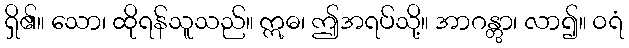
ရှိ၏။ သော၊ ထိုရန်သူသည်။ ဣဓ၊ ဤအရပ်သို့။ အာဂန္တွာ၊ လာ၍။ ဝရံ